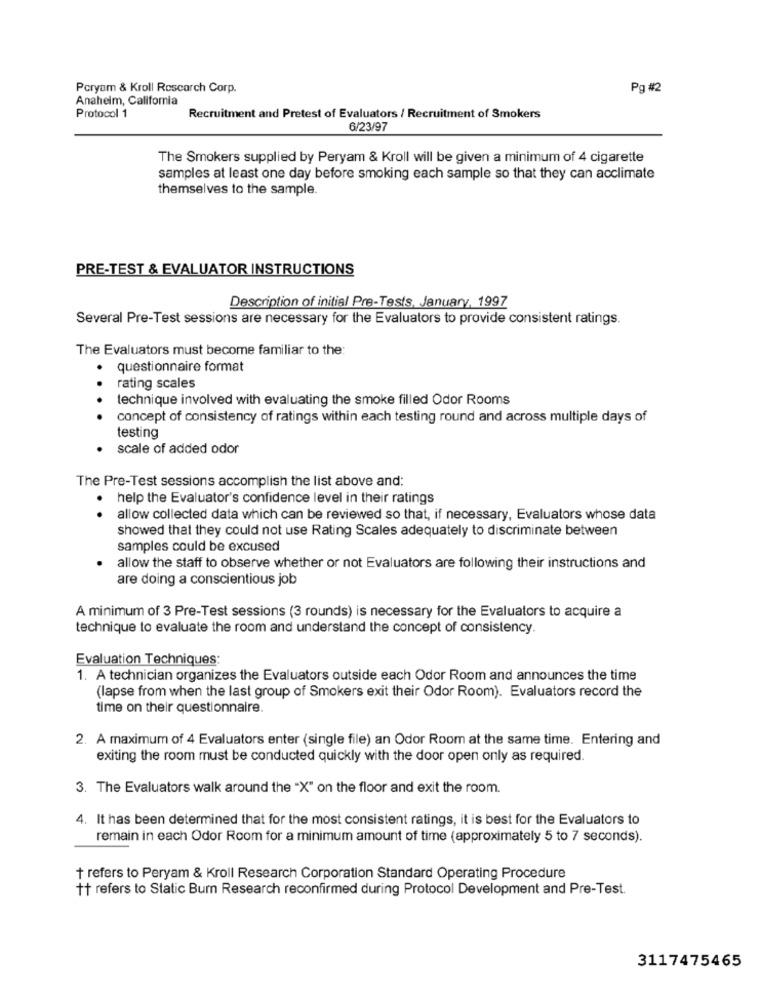
Poryam & Kroll Rescarch Corp.
Pg #2
Anaheim, California
Protocol 1
Recruitment and Pretest of Evaluators / Recruitment of Smokers
6/23/97
The Smokers supplied by Peryam & Kroll will be given a minimum of 4 cigarette
samples at least one day before smoking each sample so that they can acclimate
themselves to the sample.
PRE-TEST & EVALUATOR INSTRUCTIONS
Description of initial Pre-Tests, January, 1997
Several Pre-Test sessions are necessary for the Evaluators to provide consistent ratings.
The Evaluators must become familiar to the:
questionnaire format
.
rating scales
technique involved with evaluating the smoke filled Odor Rooms
concept of consistency of ratings within each testing round and across multiple days of
testing
scale of added odor
The Pre-Test sessions accomplish the list above and:
. help the Evaluator's confidence level in their ratings
· allow collected data which can be reviewed so that, if necessary, Evaluators whose data
showed that they could not use Rating Scales adequately to discriminate between
samples could be excused
allow the staff to observe whether or not Evaluators are following their instructions and
are doing a conscientious job
A minimum of 3 Pre-Test sessions (3 rounds) is necessary for the Evaluators to acquire a
technique to evaluate the room and understand the concept of consistency.
Evaluation Techniques
1. A technician organizes the Evaluators outside each Odor Room and announces the time
(lapse from when the last group of Smokers exit their Odor Room). Evaluators record the
time on their questionnaire.
2. A maximum of 4 Evaluators enter (single file) an Odor Room at the same time. Entering and
exiting the room must be conducted quickly with the door open only as required.
3. The Evaluators walk around the "X" on the floor and exit the room.
4. It has been determined that for the most consistent ratings, it is best for the Evaluators to
remain in each Odor Room for a minimum amount of time (approximately 5 to 7 seconds).
+ refers to Peryam & Kroll Research Corporation Standard Operating Procedure
tt refers to Static Bum Research reconfirmed during Protocol Development and Pre-Test.
3117475465